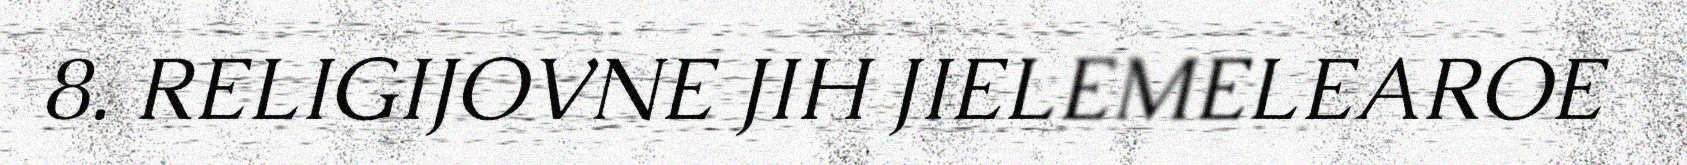
8. RELIGIJOVNE JIH JIELEMELEAROE